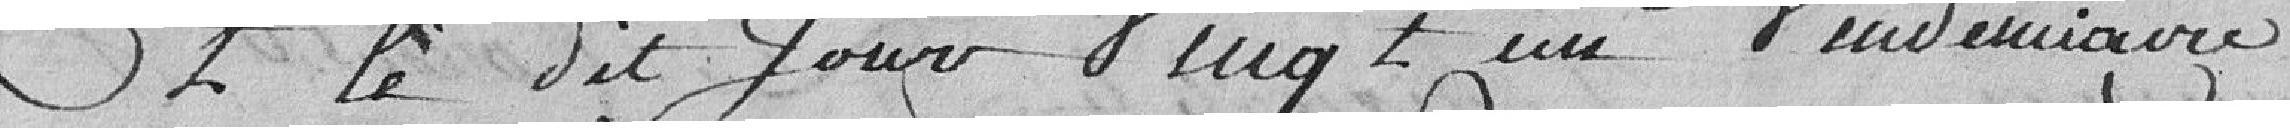
Le dit jour vingt et un vendémiaire